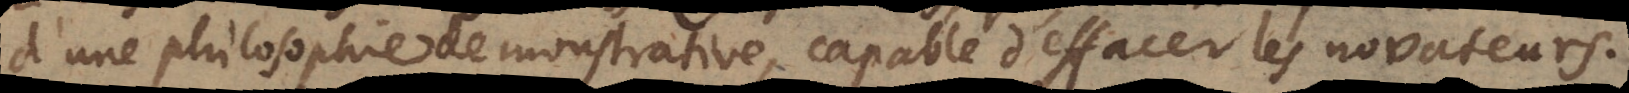
d’une philosophie demonstrative, capable d’effacer les novateurs.